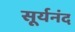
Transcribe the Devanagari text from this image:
सूर्यनंद